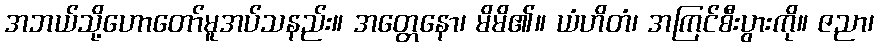
အဘယ်သို့ဟောတော်မူအပ်သနည်း။ အတ္တေနော၊ မိမိ၏။ ယံဟိတံ၊ အကြင်စီးပွားကို။ ဇညာ၊